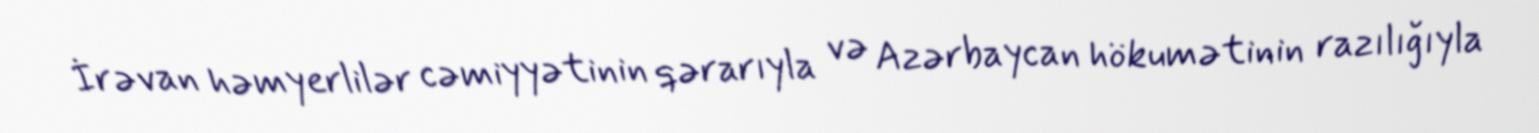
İrəvan həmyerlilər cəmiyyətinin qərarıyla və Azərbaycan hökumətinin razılığıyla